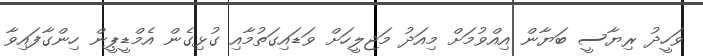
ވަހީދު ރިޔާސީ ބަޔާން އިއްވުމަށް މިއަދު މަޖިލީހަށް ވަޑައިގަތުމާއި ގުޅިގެން އެމްޑީޕީން ހިންގާފައިވާ